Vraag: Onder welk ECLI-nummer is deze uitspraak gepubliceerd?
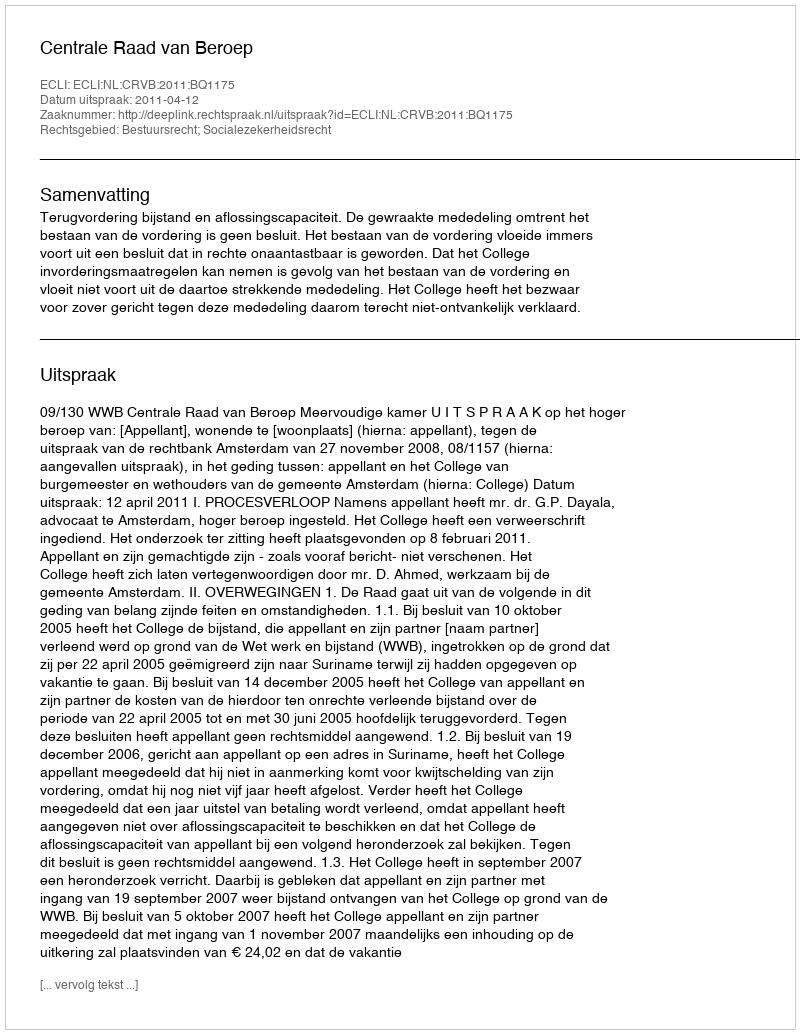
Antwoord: ECLI:NL:CRVB:2011:BQ1175